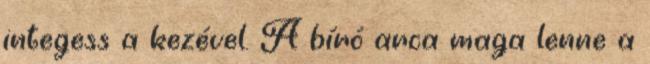
integess a kezével. A bíró arca maga lenne a